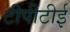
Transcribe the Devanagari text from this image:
टीपीटीई